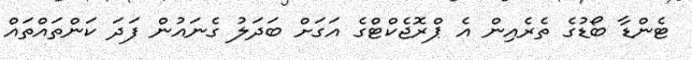
ޓެންޑާ ބޯޑުގެ ތެރެއިން އެ ޕްރޮޖެކްޓްގެ އަގަށް ބަދަލު ގެނައުން ފަދަ ކަންތައްތައް